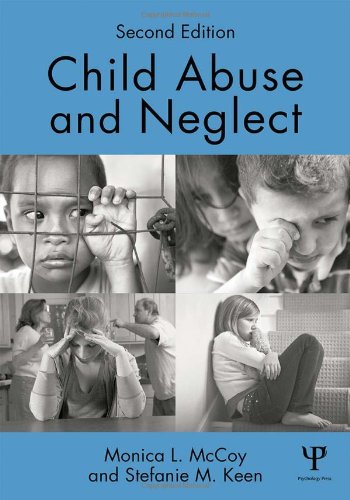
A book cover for Child Abuse and Neglect: Second Edition; Monica L. McCoy; Politics & Social Sciences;